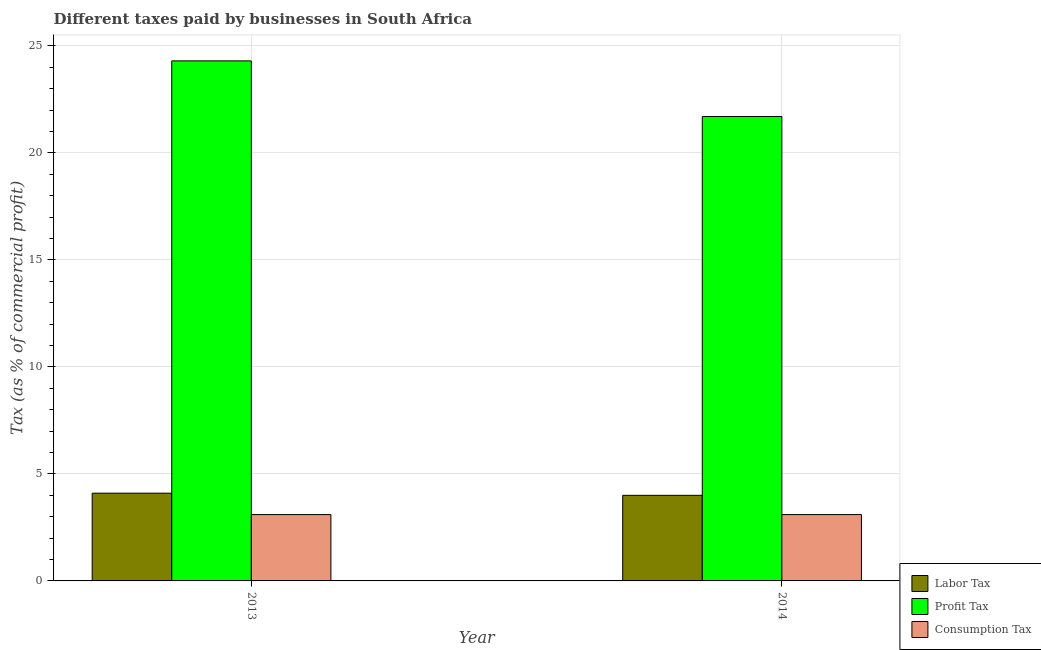
| Year | Labor Tax | Profit Tax | Consumption Tax |
 | --- | --- | --- | --- |
 | 2013 | 4.1 | 24.3 | 3.1 |
 | 2014 | 4 | 21.7 | 3.1 |